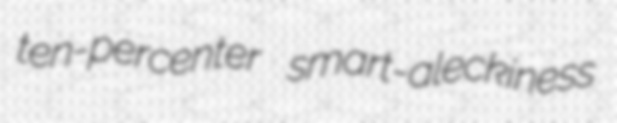
ten-percenter smart-aleckiness